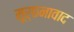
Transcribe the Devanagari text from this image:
मूर्छनावाद